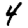
Digit: 4